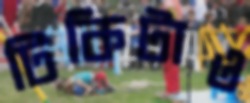
টিকিটাও